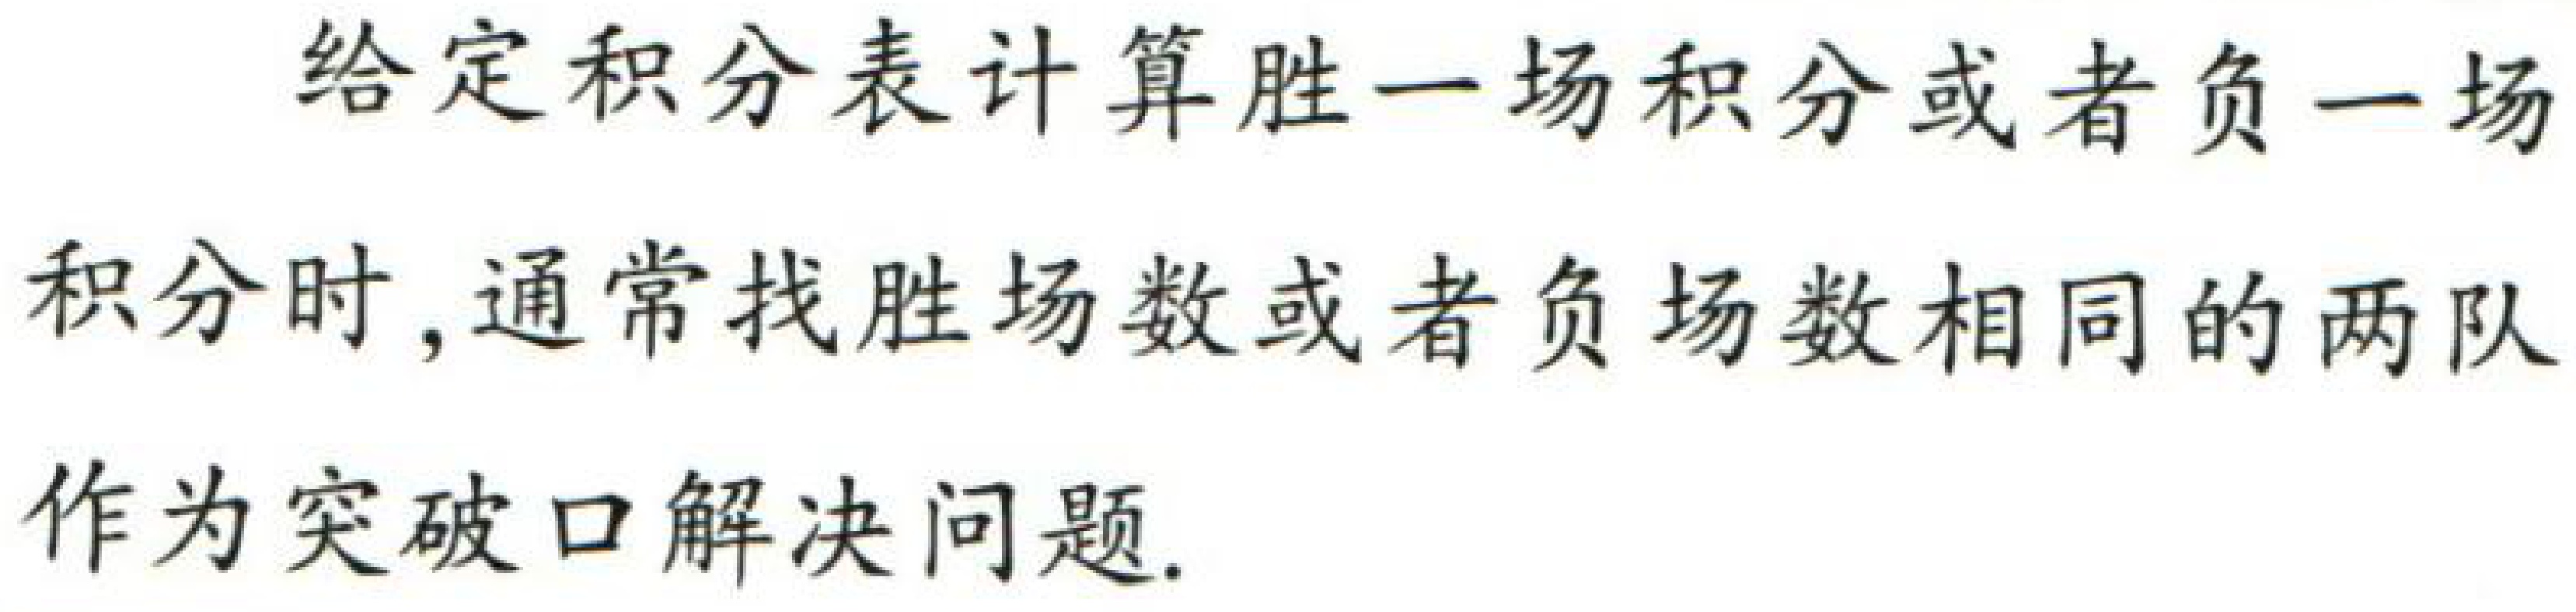
给定积分表计算胜一场积分或者负一场积分时, 通常找胜场数或者负场数相同的两队作为突破口解决问题.